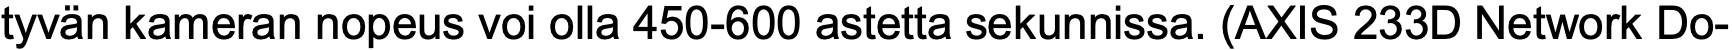
tyvän kameran nopeus voi olla 450-600 astetta sekunnissa. (AXIS 233D Network Do-